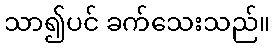
သာ၍ပင် ခက်သေးသည်။